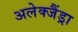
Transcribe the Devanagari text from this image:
अलेक्जैंड्रा